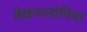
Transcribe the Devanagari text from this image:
तेख़नालोगिया